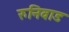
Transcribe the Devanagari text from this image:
रुनिवाड